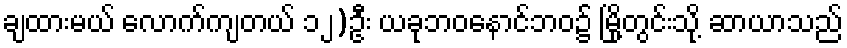
ချထားမယ် လောက်ကျတယ် ၁၂)ဦး ယခုဘဝနောင်ဘဝ၌ မြို့တွင်းသို့ ဆာယာသည်